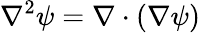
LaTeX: \nabla^{2}\psi=\nabla\cdot(\nabla\psi)